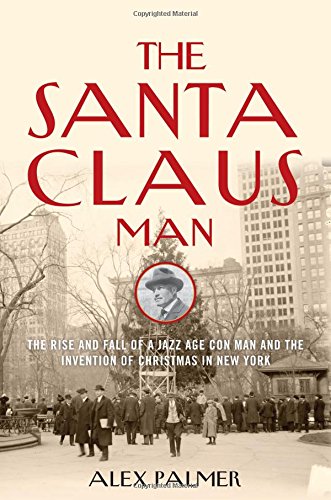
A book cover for The Santa Claus Man: The Rise and Fall of a Jazz Age Con Man and the Invention of Christmas in New York; Alex Palmer; Biographies & Memoirs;